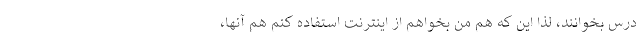
درس بخوانند، لذا این که هم من بخواهم از اینترنت استفاده کنم هم آنها،